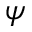
\boldsymbol { \psi }